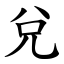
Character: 兌